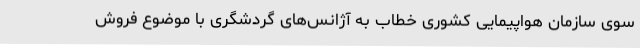
سوی سازمان هواپیمایی کشوری خطاب به آژانس‌های گردشگری با موضوع فروش